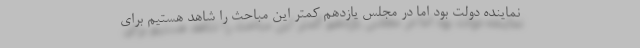
نماینده دولت بود اما در مجلس یازدهم کمتر این مباحث را شاهد هستیم برای